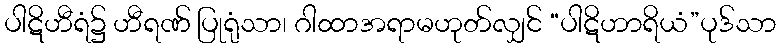
ပါဋိဟီရံ၌ ဟီရဏ် ပြုရုံသာ၊ ဂါထာအရာမဟုတ်လျှင် “ပါဋိဟာရိယံ”ပုဒ်သာ